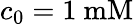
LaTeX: c_{0}=1~\mathrm{mM}